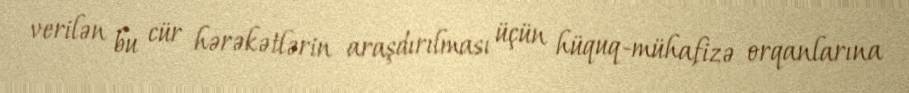
verilən bu cür hərəkətlərin araşdırılması üçün hüquq-mühafizə orqanlarına